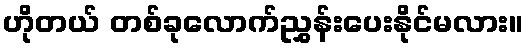
ဟိုတယ် တစ်ခုလောက်ညွှန်းပေးနိုင်မလား။